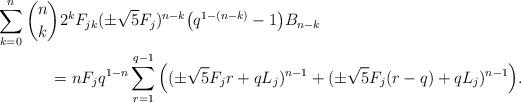
LaTeX: \begin{align*}\sum_{k=0}^{n} {n\choose k} 2^k F_{jk}& (\pm \sqrt{5}F_j )^{n-k} \big ( q^{1-(n-k)} - 1 \big ) B_{n-k}\\= n F_j& q^{1-n} \sum_{r=1}^{q-1} \Big ( (\pm\sqrt{5} F_j r + q L_j )^{n-1} + (\pm\sqrt{5} F_j (r-q) + q L_j )^{n-1}\Big ).\end{align*}